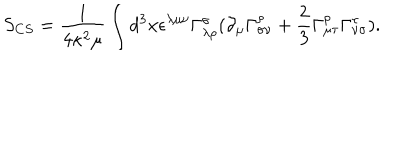
S _ { C S } = \frac { 1 } { 4 \kappa ^ { 2 } \mu } \int d ^ { 3 } x \epsilon ^ { \lambda \mu \nu } \Gamma _ { \lambda \rho } ^ { \sigma } ( \partial _ { \mu } \Gamma _ { \sigma \nu } ^ { \rho } + \frac { 2 } { 3 } \Gamma _ { \mu \tau } ^ { \rho } \Gamma _ { \nu \sigma } ^ { \tau } ) .